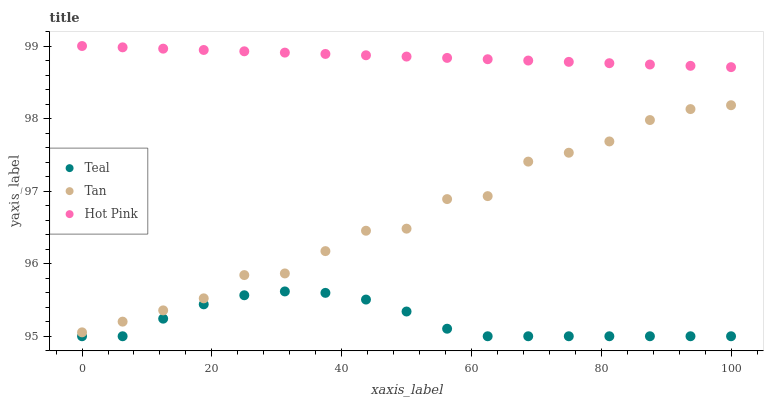
| xaxis_label | Teal | Tan | Hot Pink |
 | --- | --- | --- | --- |
 | 0 | 95 | 95.1 | 99 |
 | 6.25 | 95 | 95.2 | 99 |
 | 12.5 | 95.2 | 95.4 | 99 |
 | 18.8 | 95.4 | 95.5 | 98.9 |
 | 25 | 95.6 | 95.8 | 98.9 |
 | 31.2 | 95.6 | 95.9 | 98.9 |
 | 37.5 | 95.6 | 96.2 | 98.9 |
 | 43.8 | 95.5 | 96.5 | 98.9 |
 | 50 | 95.3 | 96.5 | 98.9 |
 | 56.2 | 95.1 | 96.9 | 98.8 |
 | 62.5 | 95 | 96.9 | 98.8 |
 | 68.8 | 95 | 97.4 | 98.8 |
 | 75 | 95 | 97.5 | 98.8 |
 | 81.2 | 95 | 97.7 | 98.8 |
 | 87.5 | 95 | 98 | 98.7 |
 | 93.8 | 95 | 98.1 | 98.7 |
 | 100 | 95 | 98.2 | 98.7 |